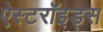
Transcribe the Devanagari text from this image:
ऐस्टरॉइड्स